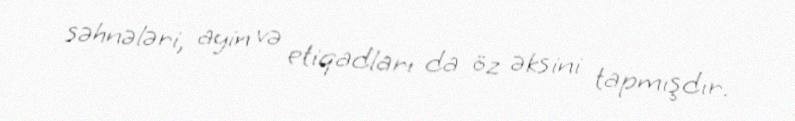
səhnələri, ayin və etiqadları da öz əksini tapmışdır.